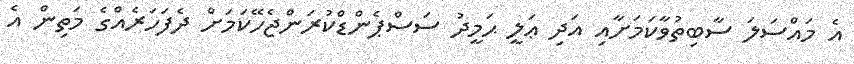
އެ މައްސަލަ ސާބިތުވާކަމަށާއި އަދި ޢަލީ ޙަމީދު ސަސްޕެންޑްކުރަންޖެހޭކަމަށް ދެފަހަރެއްގެ މަތިން އެ